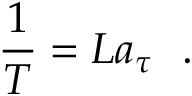
{ \frac { 1 } { T } } = L a _ { \tau } ~ ~ .